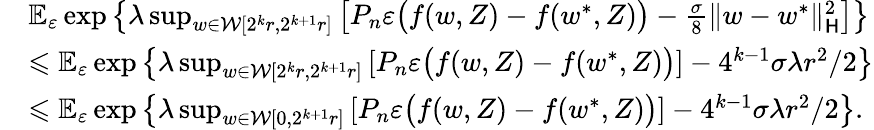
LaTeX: \begin{array}{rl}&{\mathbb E_{\varepsilon}\exp\left\{ \lambda\operatorname*{sup}_{w\in\mathcal W[2^{k}r,2^{k+1}r]}\left[P_{n}\varepsilon\big(f(w,Z)-f(w^{*},Z)\big)-\frac{\sigma}8\| w-w^{*}\| _{\mathsf H}^{2}\right]\right\} }\\ &{\leqslant\mathbb E_{\varepsilon}\exp\left\{ \lambda\operatorname*{sup}_{w\in\mathcal W[2^{k}r,2^{k+1}r]}\left[P_{n}\varepsilon\big(f(w,Z)-f(w^{*},Z)\big)\right]-4^{k-1}\sigma\lambda r^{2}/2\right\} }\\ &{\leqslant\mathbb E_{\varepsilon}\exp\left\{ \lambda\operatorname*{sup}_{w\in\mathcal W[0,2^{k+1}r]}\left[P_{n}\varepsilon\big(f(w,Z)-f(w^{*},Z)\big)\right]-4^{k-1}\sigma\lambda r^{2}/2\right\} .}\end{array}